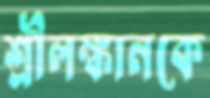
শ্রীলঙ্কানকে